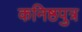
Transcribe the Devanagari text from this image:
कनिष्ठपुत्र